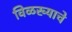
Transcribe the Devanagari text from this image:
विळख्याचे